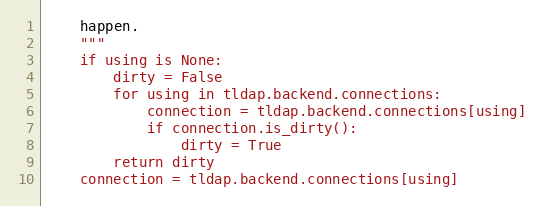
Language: Python
    happen.
    """
    if using is None:
        dirty = False
        for using in tldap.backend.connections:
            connection = tldap.backend.connections[using]
            if connection.is_dirty():
                dirty = True
        return dirty
    connection = tldap.backend.connections[using]